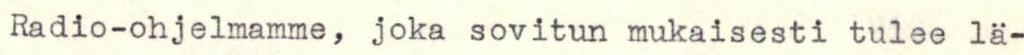
Radio-ohjelmamme, joka sovitun mukaisesti tulee lä-